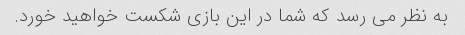
به نظر می رسد که شما در این بازی شکست خواهید خورد.